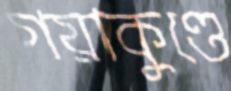
গয়াকুণ্ডে